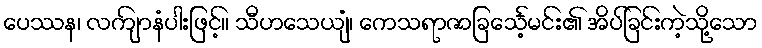
ပေဿန၊ လကျ်ာနံပါးဖြင့်။ သီဟသေယျံ၊ ကေသရာဇာခြင်္သေ့မင်း၏ အိပ်ခြင်းကဲ့သို့သော